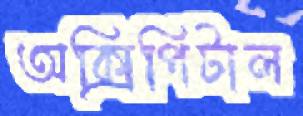
অক্সিপিটাল